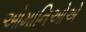
ઓમાનિઓએ